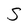
Character: S